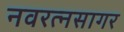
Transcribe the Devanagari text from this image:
नवरत्नसागर